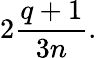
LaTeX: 2\frac{q+1}{3n}.